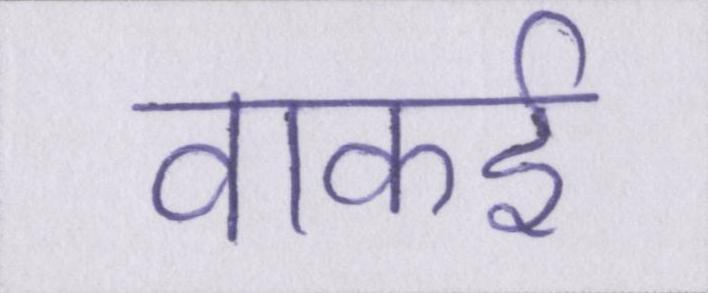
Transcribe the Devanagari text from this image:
वाकई